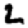
Digit: 2